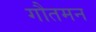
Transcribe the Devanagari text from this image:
गौतमन